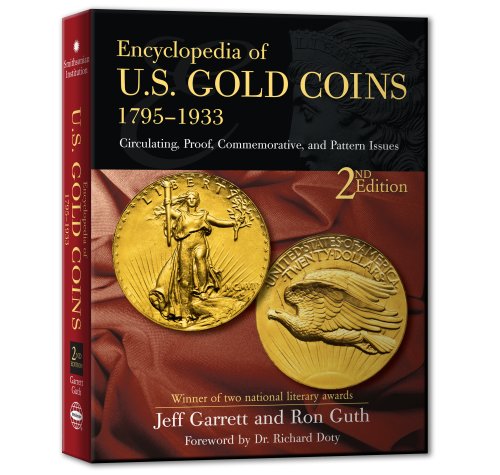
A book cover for Encyclopedia of U.S Gold Coins 1795 - 1933 2nd Ed.; Jeff Garrett/Ron Guth; Crafts, Hobbies & Home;